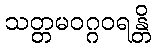
သတ္တမဝဂ္ဂဝရန္တိ